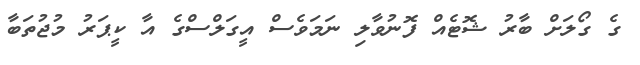
ގެ ގޯލަށް ބާރު ޝޮޓެއް ފޮނުވާލި ނަމަވެސް އީގަލްސްގެ އާ ކީޕަރު މުޖުތަބާ